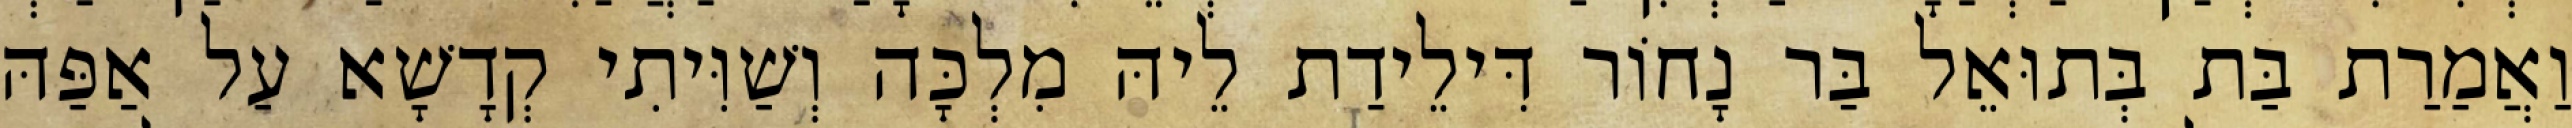
וַאֲמַרַת בַּת בְּתוּאֵל בַּר נָחוֹר דִּילֵידַת לֵיהּ מִלְכָּה וְשַׁוִּיתִי קְדָשָׁא עַל אַפַּהּ